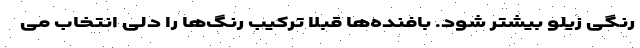
رنگی زیلو بیشتر شود. بافنده‌ها قبلا ترکیب رنگ‌ها را دلی انتخاب می